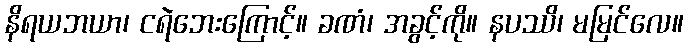
နိရယဘယာ၊ ငရဲဘေးကြောင့်။ ခဏံ၊ အခွင့်ကို။ နပဿိ၊ မမြင်လေ။